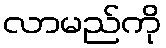
လာမည်ကို